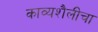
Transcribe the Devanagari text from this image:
काव्यशैलीचा